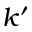
k ^ { \prime }